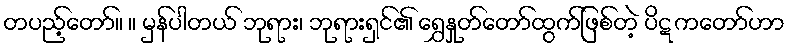
တပည့်တော်။ ။ မှန်ပါတယ် ဘုရား၊ ဘုရားရှင်၏ ရွှေနှုတ်တော်ထွက်ဖြစ်တဲ့ ပိဋကတော်ဟာ